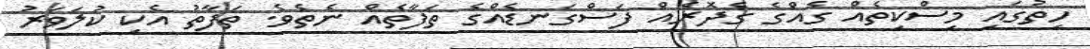
ހިތުގައި މިސްކިތެއް ގެއްގެ ގެދޮރެއް ފަސްގަނޑެއްގެ ތަފާތެއް ނެތެވެ. ތަފާތު އެކި ކުލަވަރު